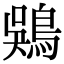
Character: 𫚾